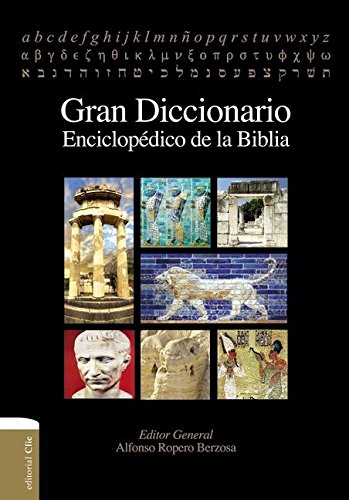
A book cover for Gran diccionario enciclopÃ©dico de la Biblia (Spanish Edition); Alfonso Ropero Berzosa; Christian Books & Bibles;